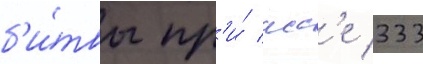
б'и́твы пр'и́ исс'е 333